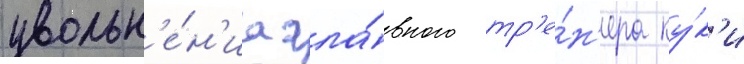
увольн'е́н'иа гла́вного тр'е́н'ера ку́к'и